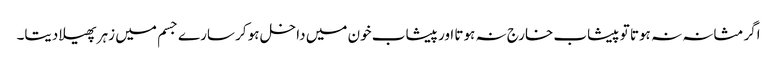
اگر مثانہ نہ ہوتا تو پیشاب خارج نہ ہوتا اور پیشاب خون میں داخل ہو کر سارے جسم میں زہر پھیلا دیتا۔